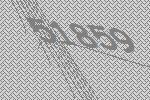
51859